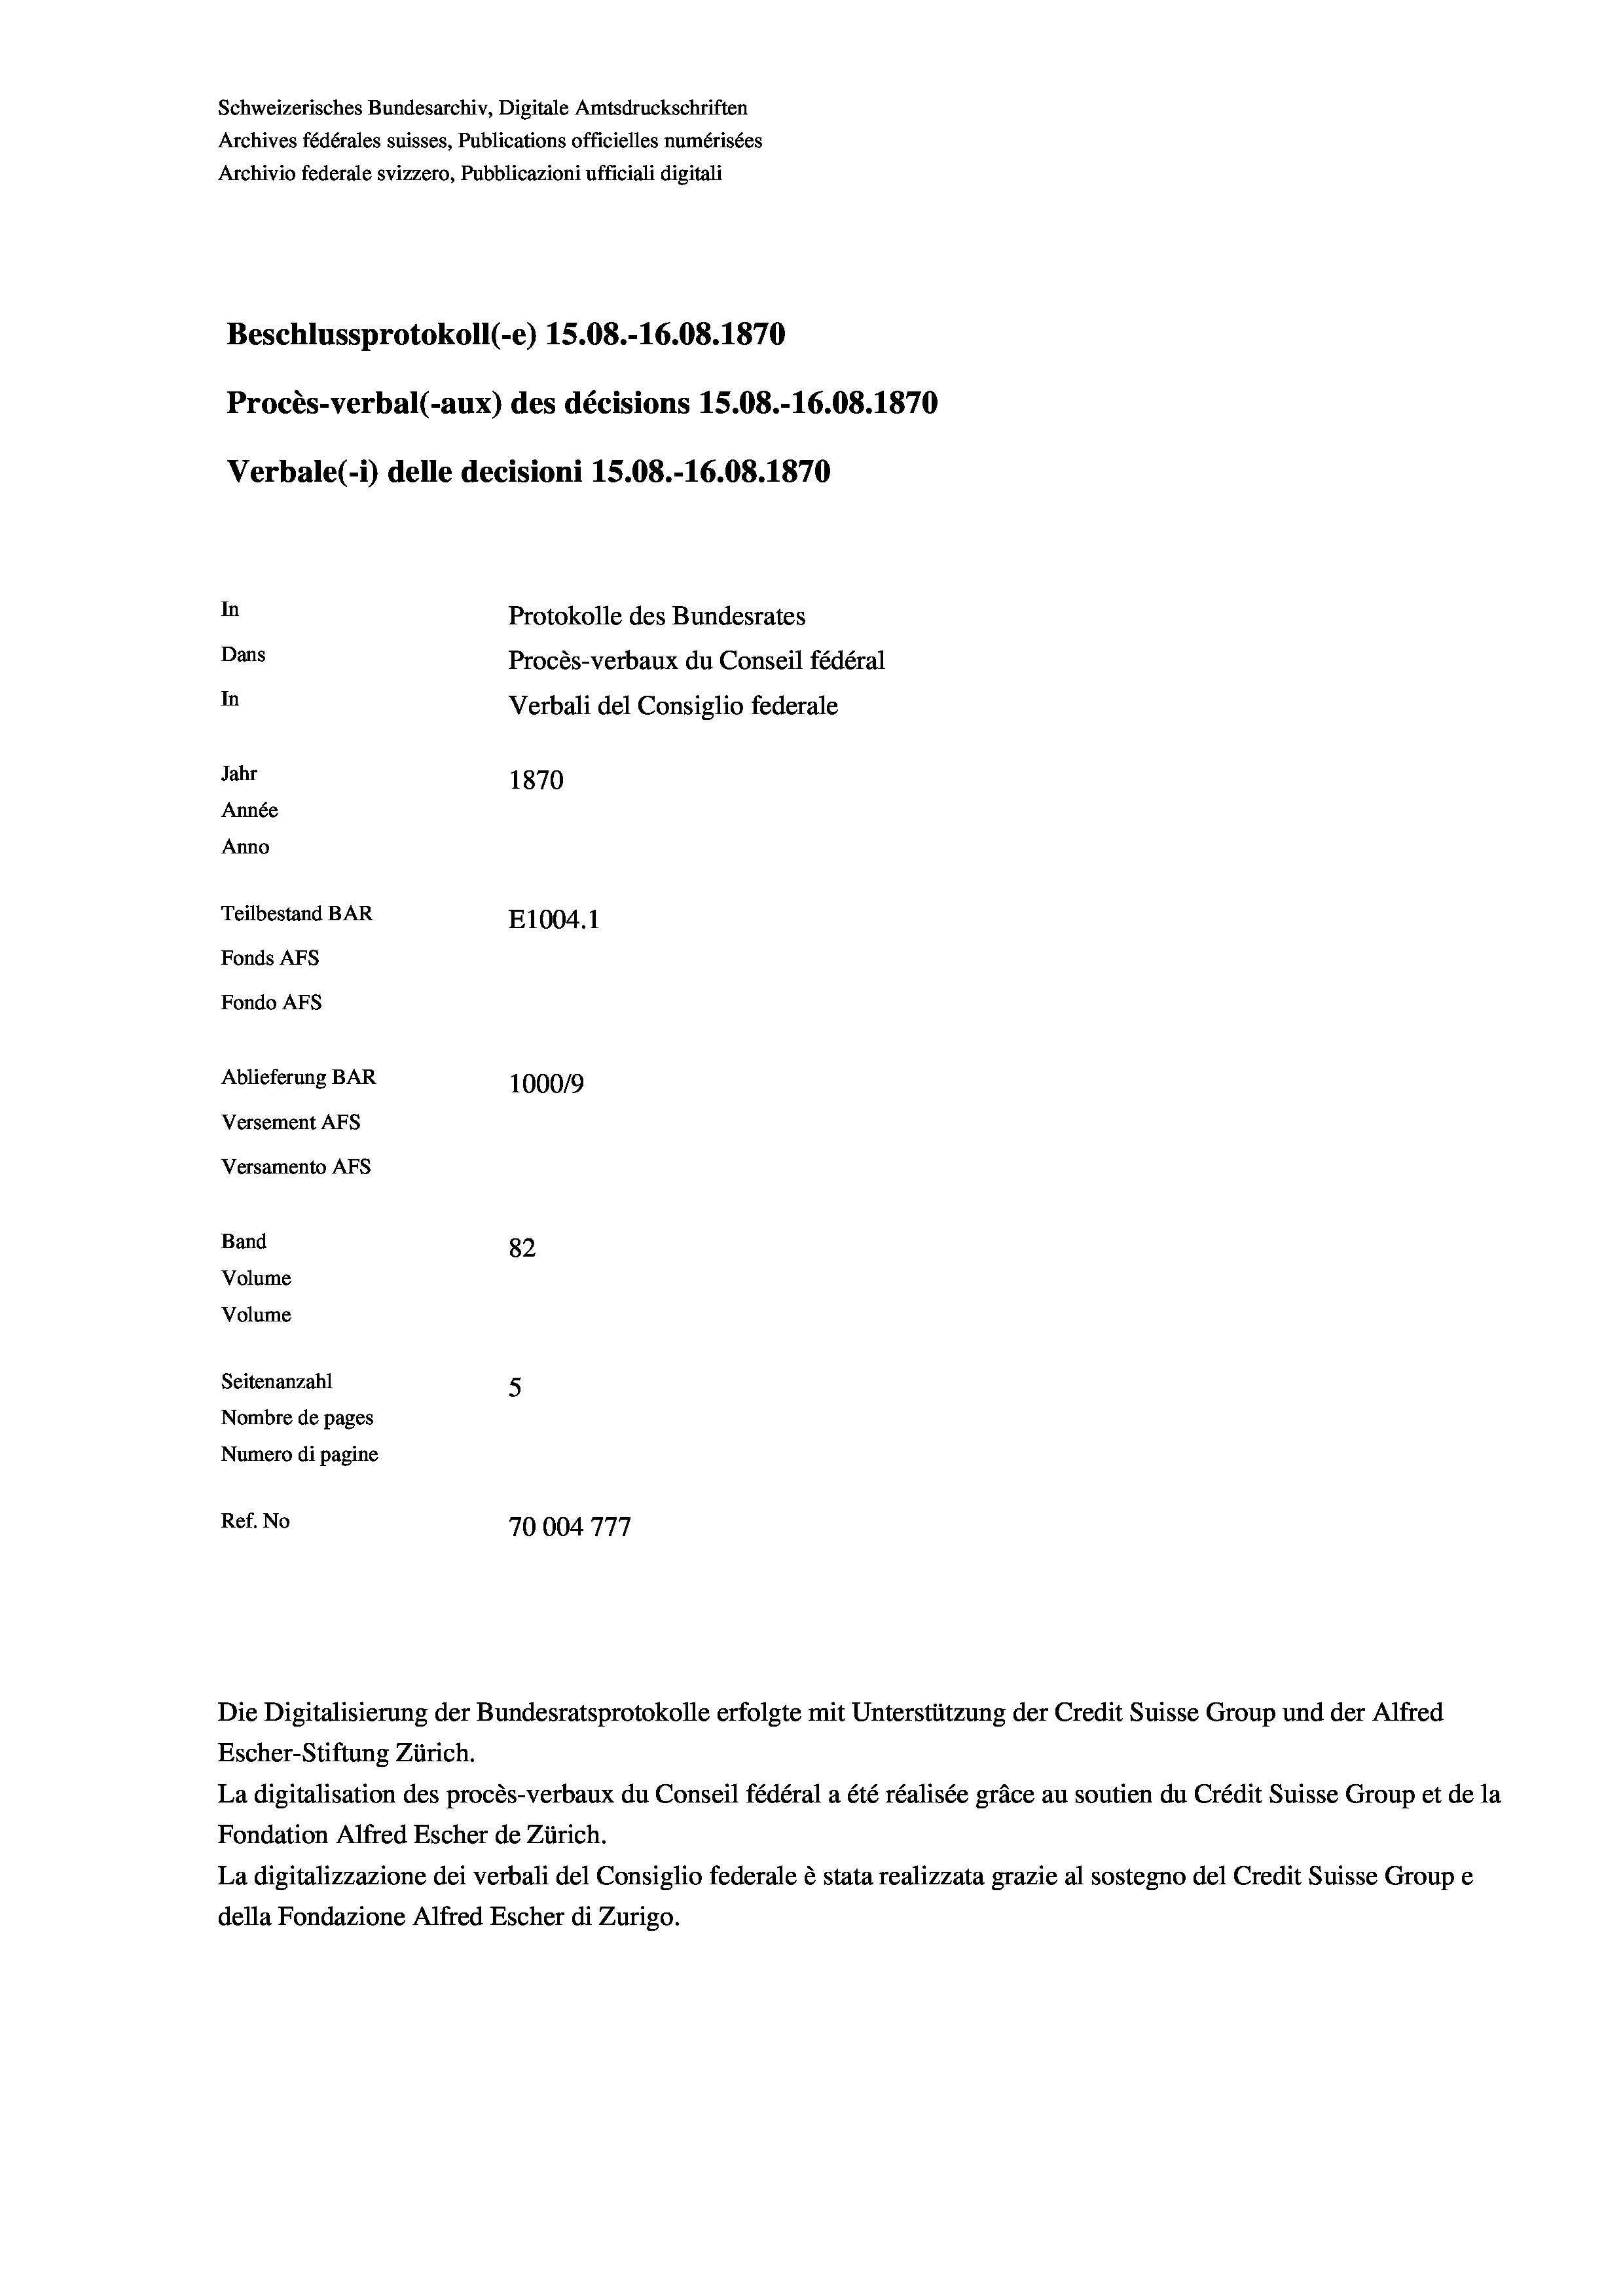
Schweizerisches Bundesarchiv, Digitale Amtsdruckschriften
Archives fédérales suisses, Publications officielles numérisées
Archivio federale svizzero, Pubblicazioni ufficiali digitali
Beschlussprotokoll (-e) 15.08.-16.08. 1870
Procès-verbal (-aux) des décisions 15.08.-16.08. 1870
Verbale(-*) delle decisioni 15.08.-16.08. 1870
In
Protokolle des Bundesrates
Dans
Procès-verbaux du Conseil fédéral
In
Verbali del Consiglio federale
Jahr
1870
Année
Anno
Teilbestand BAR
E1004. 1
Fonds AFs
Fondo AFs
Ablieferung BAR
100019
Versement As
Versamento AFs
Band
82
Volume
Volume
Seitenanzahl
5
Nombre de pages
Numero di pagine
Ref. No
70004777

Die Digitalisierung der Bundesratsprotokolle erfolgte mit Unterstützung der Credit Suisse Group und der Alfred
Escher-Stiftung Zürich.
La digitalisation des procès-verbaux du Conseil fédéral a été réalisée gräce au soutien du Crédit Suisse Group et de la
Fondation Alfred Escher de Zürich.
La digitalizzazione dei verbali del Consiglio federale è stata realizzata grazie al sostegno del Credit Suisse Groupe
della Fondazione Alfred Escher di Zurigo.